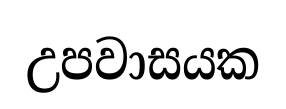
උපවාසයක